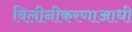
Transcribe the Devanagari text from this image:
विलीनीकरणाआधी